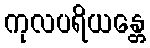
ကုလပရိယန္တေ